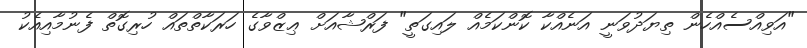
"އަވިއްސެއްހެން ތިޔަދުވަނީ އަނެއްކާ ކޮންކަމެއް ލައިގަތީ" ފަރްޝާއަށް ޢިޒްވާގެ ހަރަކާތްތައް ހުރިގޮތް ފެނުމާއިއެކު